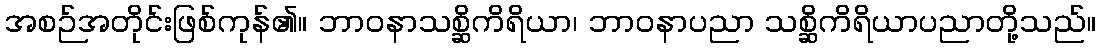
အစဉ်အတိုင်းဖြစ်ကုန်၏။ ဘာဝနာသစ္ဆိကိရိယာ၊ ဘာဝနာပညာ သစ္ဆိကိရိယာပညာတို့သည်။